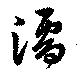
濡